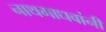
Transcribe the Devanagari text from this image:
नाथमाधवांनी